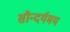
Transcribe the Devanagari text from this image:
सौन्दर्यमय